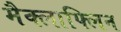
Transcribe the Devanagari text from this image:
मैक्लाफ्लिन